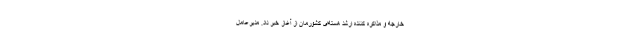
خارجه و مذاکره کننده ارشد هسته‌ای کشورمان از آغاز خبر داد. مدیرعامل